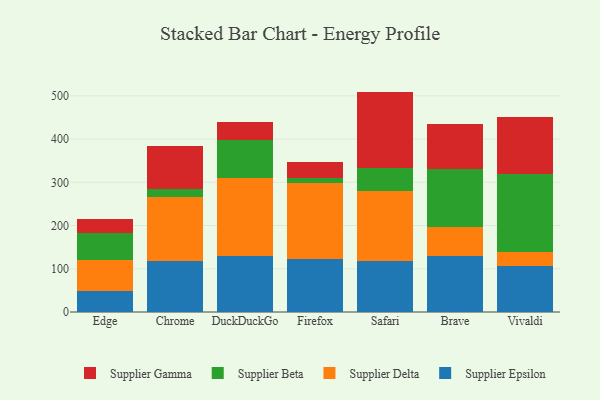
{"axis": {"x": "Browser", "y": "Page Views"}, "legend": ["Supplier Beta", "Supplier Delta", "Supplier Epsilon", "Supplier Gamma"], "data": [{"x": "Edge", "y": 49.6, "type": "Supplier Epsilon"}, {"x": "Edge", "y": 70.5, "type": "Supplier Delta"}, {"x": "Edge", "y": 62.6, "type": "Supplier Beta"}, {"x": "Edge", "y": 31.7, "type": "Supplier Gamma"}, {"x": "Chrome", "y": 117.8, "type": "Supplier Epsilon"}, {"x": "Chrome", "y": 148.6, "type": "Supplier Delta"}, {"x": "Chrome", "y": 18.5, "type": "Supplier Beta"}, {"x": "Chrome", "y": 98.5, "type": "Supplier Gamma"}, {"x": "DuckDuckGo", "y": 130.4, "type": "Supplier Epsilon"}, {"x": "DuckDuckGo", "y": 179.0, "type": "Supplier Delta"}, {"x": "DuckDuckGo", "y": 88.7, "type": "Supplier Beta"}, {"x": "DuckDuckGo", "y": 40.9, "type": "Supplier Gamma"}, {"x": "Firefox", "y": 122.4, "type": "Supplier Epsilon"}, {"x": "Firefox", "y": 174.9, "type": "Supplier Delta"}, {"x": "Firefox", "y": 11.8, "type": "Supplier Beta"}, {"x": "Firefox", "y": 38.1, "type": "Supplier Gamma"}, {"x": "Safari", "y": 117.8, "type": "Supplier Epsilon"}, {"x": "Safari", "y": 162.2, "type": "Supplier Delta"}, {"x": "Safari", "y": 53.7, "type": "Supplier Beta"}, {"x": "Safari", "y": 176.1, "type": "Supplier Gamma"}, {"x": "Brave", "y": 128.9, "type": "Supplier Epsilon"}, {"x": "Brave", "y": 66.7, "type": "Supplier Delta"}, {"x": "Brave", "y": 134.3, "type": "Supplier Beta"}, {"x": "Brave", "y": 105.3, "type": "Supplier Gamma"}, {"x": "Vivaldi", "y": 105.5, "type": "Supplier Epsilon"}, {"x": "Vivaldi", "y": 34.4, "type": "Supplier Delta"}, {"x": "Vivaldi", "y": 178.6, "type": "Supplier Beta"}, {"x": "Vivaldi", "y": 132.4, "type": "Supplier Gamma"}]}